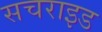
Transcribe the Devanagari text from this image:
सचराइड